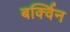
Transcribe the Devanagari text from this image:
बर्क्विन